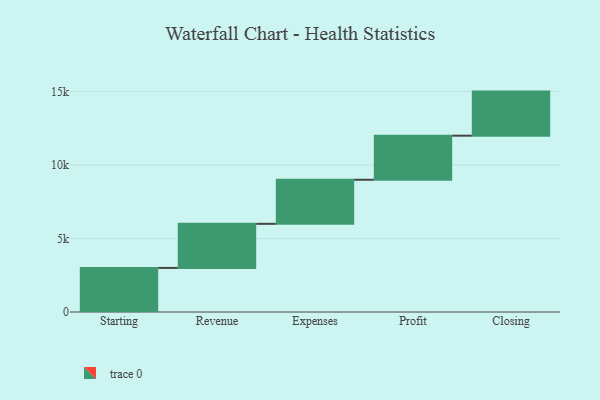
{"axis": {"x": "Step", "y": "Value"}, "legend": [""], "data": [{"x": "Starting", "y": 3000, "type": ""}, {"x": "Revenue", "y": 3000, "type": ""}, {"x": "Expenses", "y": 3000, "type": ""}, {"x": "Profit", "y": 3000, "type": ""}, {"x": "Closing", "y": 3000, "type": ""}]}